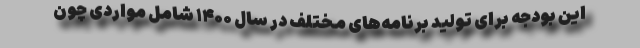
این بودجه برای تولید برنامه‌های مختلف در سال ۱۴۰۰ شامل مواردی چون